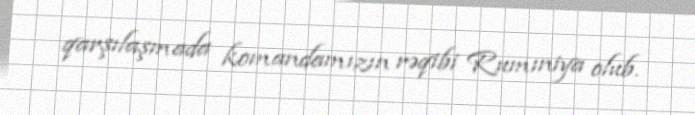
qarşılaşmada komandamızın rəqibi Rumıniya olub.